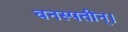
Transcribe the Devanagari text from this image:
वनस्पतीन्।